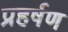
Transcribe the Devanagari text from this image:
प्रहर्षण